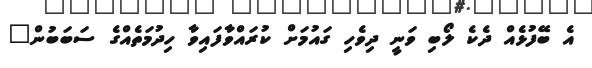
އެ ބޭފުޅެއް ދެކެ ލޯބި ވަނީ ދިވެހި ގައުމަށް ކުރައްވާފައިވާ ހިދުމަތެއްގެ ސަބަބުން"